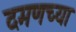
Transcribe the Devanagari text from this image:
दमणच्या